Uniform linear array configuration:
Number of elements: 32
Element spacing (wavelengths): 0.75
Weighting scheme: blackman
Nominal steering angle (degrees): -45
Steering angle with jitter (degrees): -44.654
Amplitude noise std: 0.05
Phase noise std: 0.05

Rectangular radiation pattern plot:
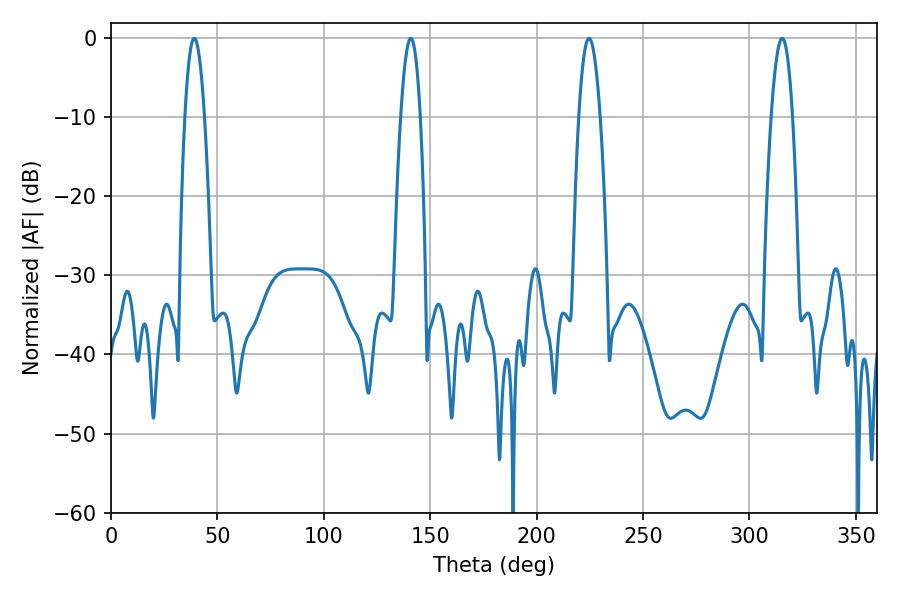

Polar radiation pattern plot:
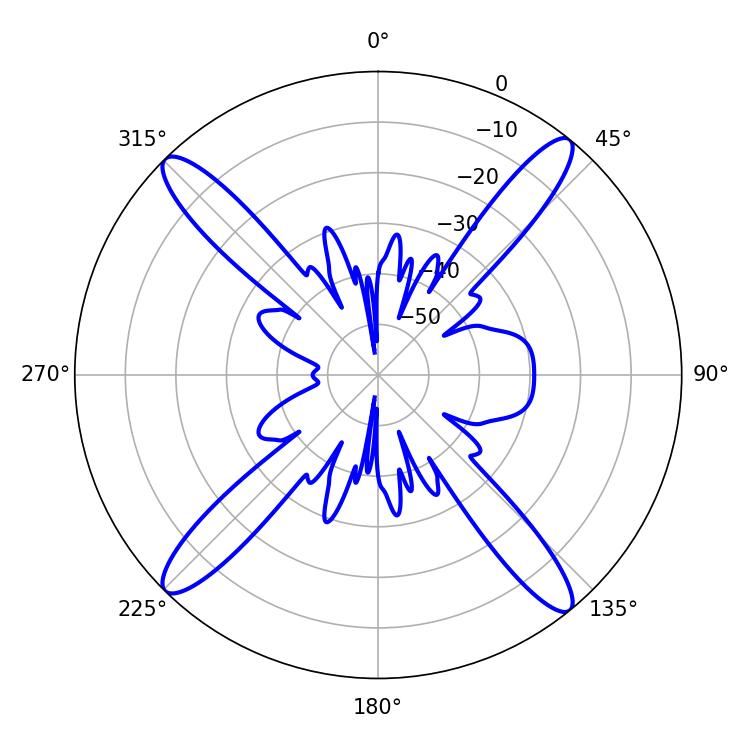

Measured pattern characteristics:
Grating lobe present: TRUE
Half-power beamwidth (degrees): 5.4
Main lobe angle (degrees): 224.64